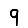
Digit: 9